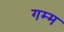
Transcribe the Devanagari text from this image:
गम्म